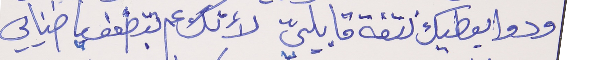
ودوا بعطيك نتفة قابلييّ     لأنك عم بتضعف يا ضنايي